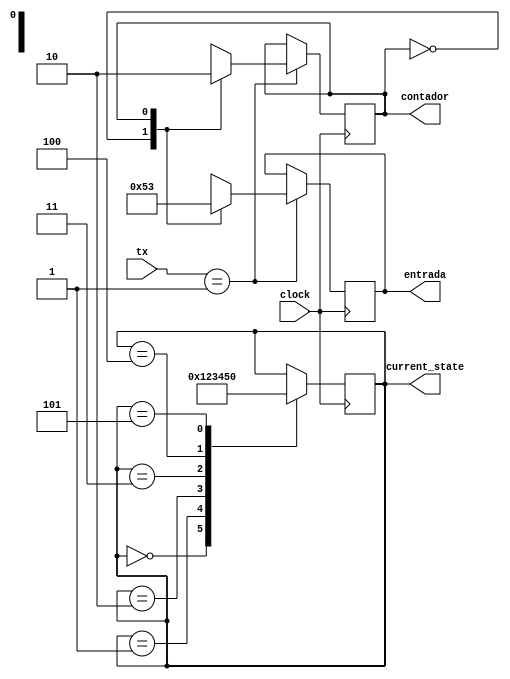
module MEM(tx, entrada, contador, current_state, clock);
	input wire clock;
	input wire [3:0] tx;
	output reg [3:0] entrada, current_state;
	output reg contador;
	
	reg [3:0] n1;
	reg [3:0] n2;
	
	parameter CLEAR = 4'd0;
	parameter LOAD = 4'd1;
	parameter HOLD = 4'd2;
	
	initial
	begin
		n1 <= 4'd5;
		n2 <= 4'd3;
		contador <= 1'b0;
		current_state <= 4'd0;
	end
	
	always@(posedge clock)
	begin
		if(tx == LOAD)
		begin
			case(contador)
				1'b0: begin
					entrada <= n1;
					contador <= 1'b1;
				end
				1'b1: begin
					entrada <= n2;
					contador <= 1'b0;
				end
				default;
			endcase
		end
		
		case(current_state) //Estados da maquina
			4'd0: current_state <= 4'd1;
			4'd1: current_state <= 4'd2;
			4'd2: current_state <= 4'd3;
			4'd3: current_state <= 4'd4;
			4'd4: current_state <= 4'd5;
			4'd5: current_state <= 4'd0;
			default;
		endcase;
	end

endmodule